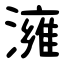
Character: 澭